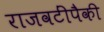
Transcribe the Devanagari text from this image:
राजवटींपैकी